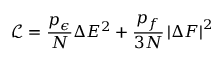
\mathcal { L } = \frac { p _ { \epsilon } } { N } \Delta E ^ { 2 } + \frac { p _ { f } } { 3 N } \left| \Delta \boldsymbol { F } \right| ^ { 2 }